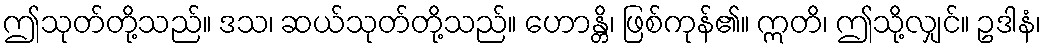
ဤသုတ်တို့သည်။ ဒသ၊ ဆယ်သုတ်တို့သည်။ ဟောန္တိ၊ ဖြစ်ကုန်၏။ ဣတိ၊ ဤသို့လျှင်။ ဥဒါနံ၊